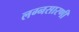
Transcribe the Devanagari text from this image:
लग्नसारणी